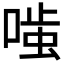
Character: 𭉤